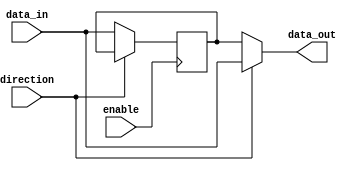
module IO_Block_Bus_Switch (
    input wire [7:0] data_in,
    input wire enable,
    input wire direction,
    output wire [7:0] data_out
);

reg [7:0] buffer;

always @(posedge enable) begin
    if (direction == 1'b0) begin
        buffer <= data_in;
    end
end

assign data_out = direction ? data_in : buffer;

endmodule